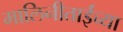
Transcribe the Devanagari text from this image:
मालिनीताईंच्या